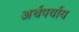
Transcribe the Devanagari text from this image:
अर्थपर्याय